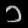
Digit: ၁